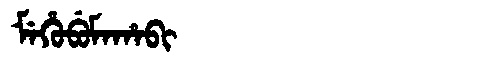
Manchu: ᠮᡝᡥᡠᠪᡠᠮᠠᡥᠠᠪᡳ
Romanization: MEHUBUMAHABI